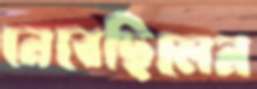
নেবেছিলেন